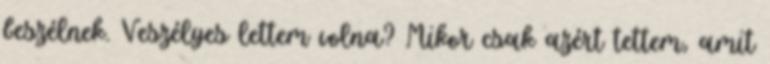
beszélnek. Veszélyes lettem volna? Mikor csak azért tettem, amit